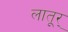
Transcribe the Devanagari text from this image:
लातूर्